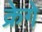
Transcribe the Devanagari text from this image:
क्रेगे